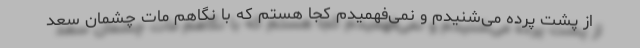
از پشت پرده می‌شنیدم و نمی‌فهمیدم کجا هستم که با نگاهم مات چشمان سعد